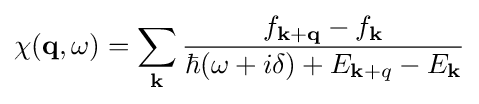
\chi (\mathbf {q} ,\omega )=\sum _{\mathbf {k} }{\frac {f_{\mathbf {k+q} }-f_{\mathbf {k} }}{\hbar (\omega +i\delta )+E_{\mathbf {k} +q}-E_{\mathbf {k} }}}